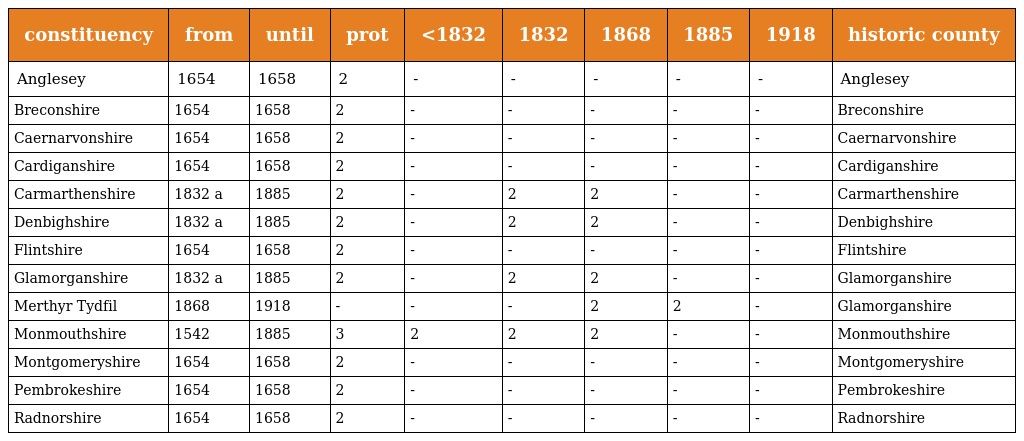
| constituency | from | until | prot | <1832 | 1832 | 1868 | 1885 | 1918 | historic county |
 | --- | --- | --- | --- | --- | --- | --- | --- | --- | --- |
 | Anglesey | 1654 | 1658 | 2 | - | - | - | - | - | Anglesey |
 | Breconshire | 1654 | 1658 | 2 | - | - | - | - | - | Breconshire |
 | Caernarvonshire | 1654 | 1658 | 2 | - | - | - | - | - | Caernarvonshire |
 | Cardiganshire | 1654 | 1658 | 2 | - | - | - | - | - | Cardiganshire |
 | Carmarthenshire | 1832 a | 1885 | 2 | - | 2 | 2 | - | - | Carmarthenshire |
 | Denbighshire | 1832 a | 1885 | 2 | - | 2 | 2 | - | - | Denbighshire |
 | Flintshire | 1654 | 1658 | 2 | - | - | - | - | - | Flintshire |
 | Glamorganshire | 1832 a | 1885 | 2 | - | 2 | 2 | - | - | Glamorganshire |
 | Merthyr Tydfil | 1868 | 1918 | - | - | - | 2 | 2 | - | Glamorganshire |
 | Monmouthshire | 1542 | 1885 | 3 | 2 | 2 | 2 | - | - | Monmouthshire |
 | Montgomeryshire | 1654 | 1658 | 2 | - | - | - | - | - | Montgomeryshire |
 | Pembrokeshire | 1654 | 1658 | 2 | - | - | - | - | - | Pembrokeshire |
 | Radnorshire | 1654 | 1658 | 2 | - | - | - | - | - | Radnorshire |